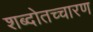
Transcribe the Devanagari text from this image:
शब्दोतच्चारण